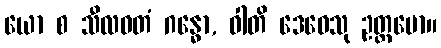
ယော စ သီလဝတံ ဂန္ဓော, ဝါတိ ဒေဝေသု ဥတ္တမော။